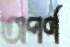
অপর্ণ